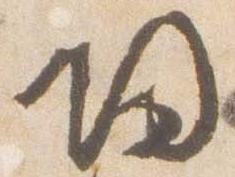
帰